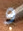
و